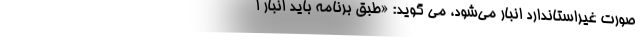
صورت غیراستاندارد انبار می‌شود، می گوید: «طبق برنامه باید انبار ا